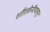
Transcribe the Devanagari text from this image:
शौरसेनीपासून